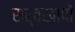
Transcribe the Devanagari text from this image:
सर्वखापों